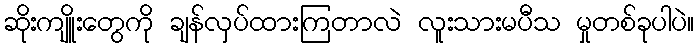
ဆိုးကျိူးတွေကို ချန်လှပ်ထားကြတာလဲ လူးသားမပီသ မှုတစ်ခုပါပဲ။